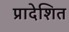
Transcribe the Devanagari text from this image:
प्रादेशित